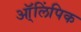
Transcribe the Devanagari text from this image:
ऑ्लिंपिक